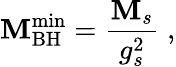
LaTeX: \mathbf{M}_{\mathrm{{BH}}}^{\mathrm{{min}}}=\frac{{\mathbf{M}_{s}}}{{g_{s}^{2}}}\; ,